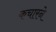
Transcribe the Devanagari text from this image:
कचारने